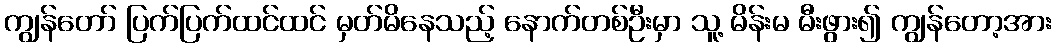
ကျွန်တော် ပြက်ပြက်ထင်ထင် မှတ်မိနေသည့် နောက်တစ်ဦးမှာ သူ့ မိန်းမ မီးဖွား၍ ကျွန်တော့အား